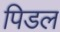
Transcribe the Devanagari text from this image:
पिडल